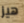
هيز